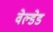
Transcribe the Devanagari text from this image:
वेल्डेड